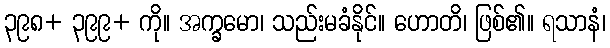
၃၉၈+ ၃၉၉+ ကို။ အက္ခမော၊ သည်းမခံနိုင်။ ဟောတိ၊ ဖြစ်၏။ ရသာနံ၊